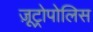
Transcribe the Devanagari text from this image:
ज़ूट्रोपोलिस